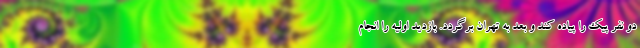
دو نفر پیک را پیاده کند و بعد به تهران برگردد. بازدید اولیه را انجام